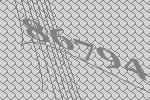
86794